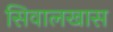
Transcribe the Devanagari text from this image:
सिवालखास